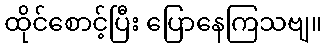
ထိုင်စောင့်ပြီး ပြောနေကြသဗျ။